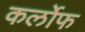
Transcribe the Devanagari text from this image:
कर्लोफ